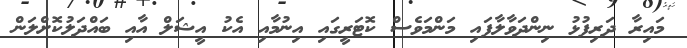
މައިރާ ދަރިފުޅު ނިންދަވާލާފައި މަންމަވެސް ކޮޓަރީގައި އިނުމާއި އެކު އީޝަލް އާއި ބައްދަލުކޮށްލަން